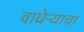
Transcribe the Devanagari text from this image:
वाघेऱ्याचा